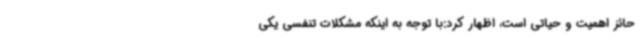
حائز اهمیت و حیاتی است، اظهار کرد:با توجه به اینکه مشکلات تنفسی یکی